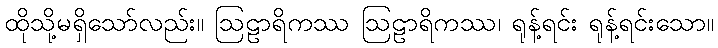
ထိုသို့မရှိသော်လည်း။ ဩဠာရိကဿ ဩဠာရိကဿ၊ ရုန့်ရင်း ရုန့်ရင်းသော။